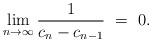
LaTeX: \begin{align*} \lim_{n \to \infty} \frac{1}{c_{n}-c_{n-1}}\ =\ 0. \end{align*}